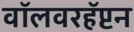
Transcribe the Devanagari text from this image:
वॉलवरहॅप्टन